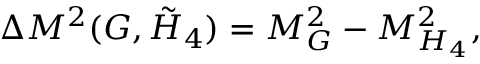
\Delta M ^ { 2 } ( G , \tilde { H } _ { 4 } ) = M _ { G } ^ { 2 } - M _ { H _ { 4 } } ^ { 2 } ,